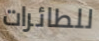
للطائرات